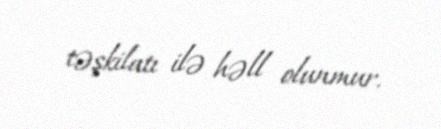
təşkilatı ilə həll olunmur.